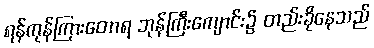
ရန်ကုန်ကြားတောရ ဘုန်ကြီးကျောင်း၌ တည်းခိုနေသည်